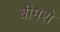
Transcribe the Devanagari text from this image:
बीमरो